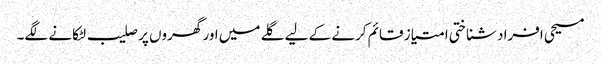
مسیحی افراد شناختی امتیاز قائم کرنے کے لیے گلے میں اور گھروں پر صلیب لٹکانے لگے۔